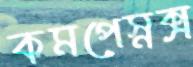
কমপেস্নক্স